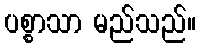
ပစ္စာသာ မည်သည်။